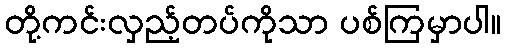
တို့ကင်းလှည့်တပ်ကိုသာ ပစ်ကြမှာပါ။